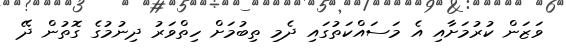
ވަޒަން ކުރުމަށާއި އެ މަސައްކަތުގައި ދެމި ތިބުމަށް ހިތްވަރު ދިނުމުގެ ގޮތުން ދޭ